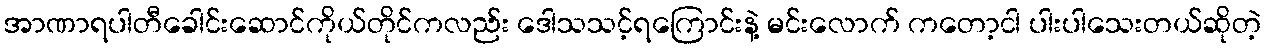
အာဏာရပါတီခေါင်းဆောင်ကိုယ်တိုင်ကလည်း ဒေါသသင့်ရကြောင်းနဲ့ မင်းလောက် ကတော့ငါ ပါးပါသေးတယ်ဆိုတဲ့